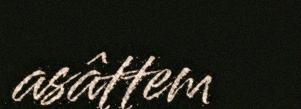
asâttem